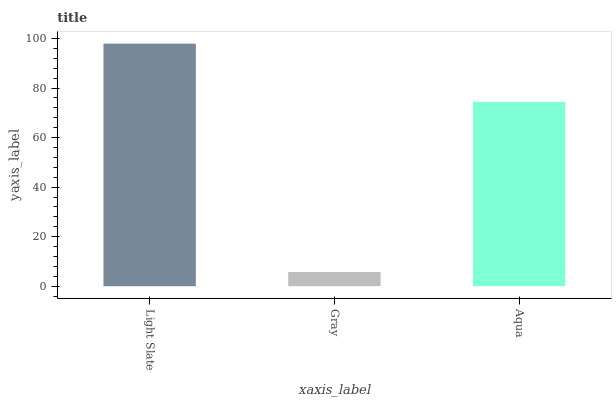
| xaxis_label | bars |
 | --- | --- |
 | Light Slate | 97.9 |
 | Gray | 5.74 |
 | Aqua | 74.4 |